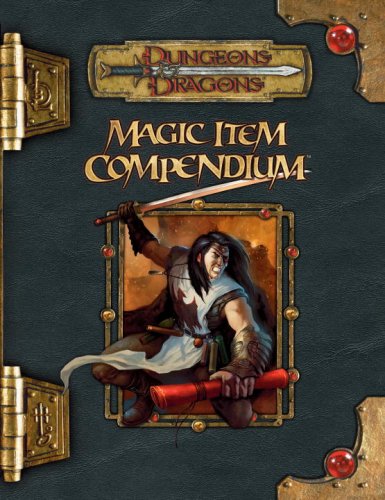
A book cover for Magic Item Compendium (Dungeons & Dragons d20 3.5 Fantasy Roleplaying); Andy Collins; Science Fiction & Fantasy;